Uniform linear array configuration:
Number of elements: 32
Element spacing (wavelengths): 1
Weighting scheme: uniform
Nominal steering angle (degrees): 0
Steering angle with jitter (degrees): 1.987
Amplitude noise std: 0.05
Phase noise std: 0.05

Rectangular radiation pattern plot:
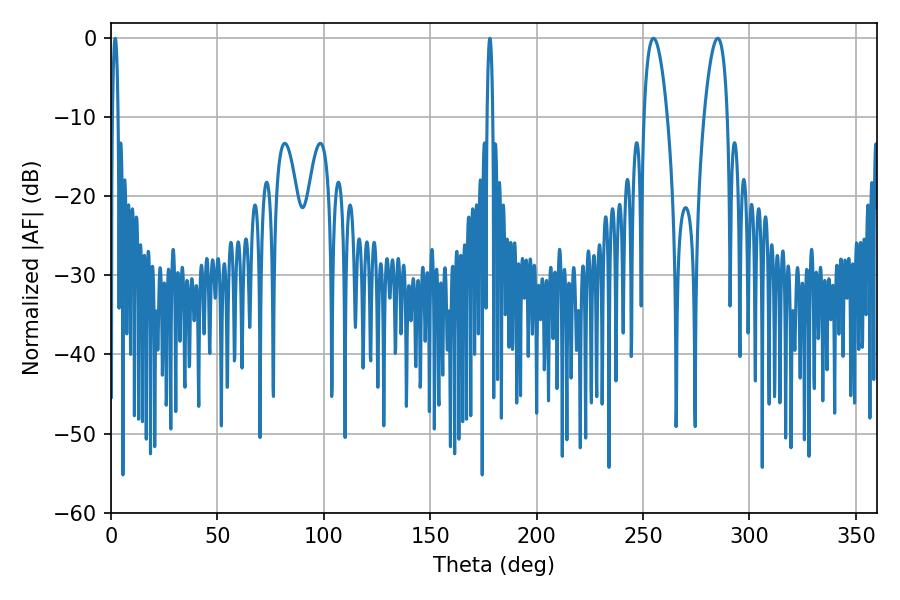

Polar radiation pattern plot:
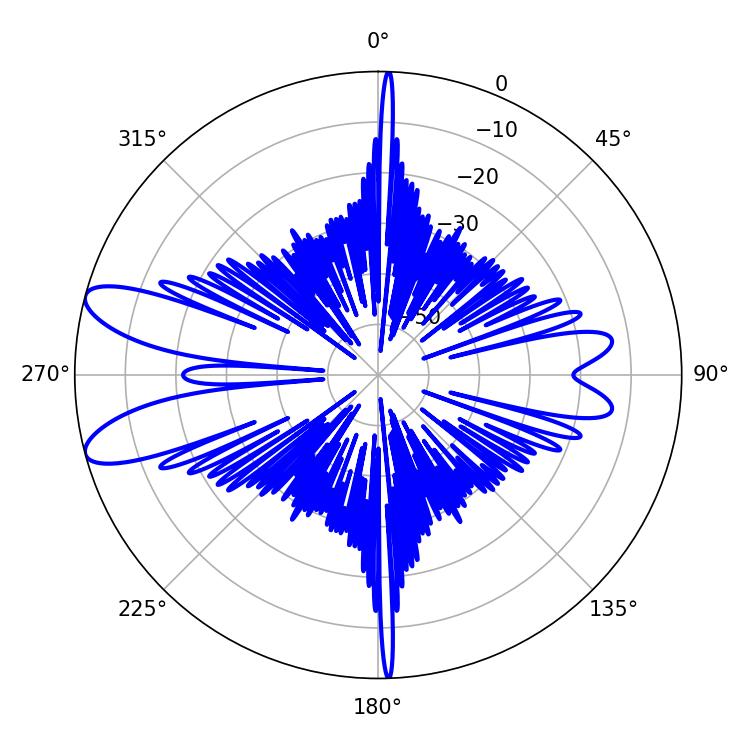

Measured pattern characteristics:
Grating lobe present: TRUE
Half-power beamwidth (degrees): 1.44
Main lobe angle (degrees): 1.98